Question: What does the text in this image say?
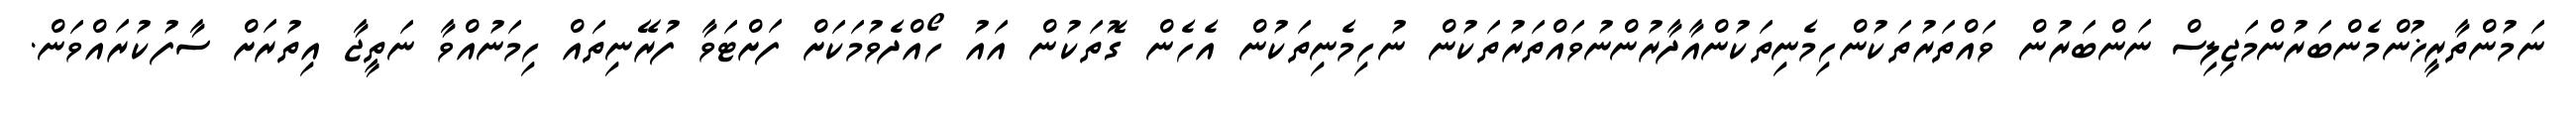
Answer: ނަމުންތާރީޚުންމެންބަރުންމަޖިލިސް ނަންބަރުން ވައްތަރުތަކުންހިމެނިތަކުންއާދާރުންނުވައްތަރުތަކުން ނުހިމެނިތަކުން އެހެން ގޮތަކުން އައު ހޯއްދެވުމަކަށް ފަށްޓަވާ ފުރޭނިތައް ހިމަނުއްވާ ނަތީޖާ އިތުރަށް ސާފުކުރައްވަން.